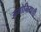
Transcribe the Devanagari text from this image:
अमोनियाची